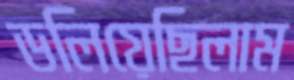
ডলিয়েছিলাম